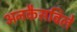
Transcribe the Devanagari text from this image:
अनकैसविले